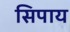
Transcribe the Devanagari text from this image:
सिपाय